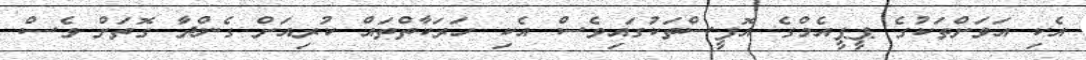
އެކި އަވަށްތަކުގެ ޕީޕީއެމްގެ އޮފީސްތަކުގައިވެސް އެކި ހަރަކާތްތައް ކުރިއަށް ގެންދާ ގޮތަށް ވެސް